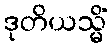
ဒုတိယသ္မိံ